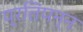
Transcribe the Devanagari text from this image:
प्रतिपन्न